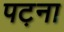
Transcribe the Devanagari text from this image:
पट़ना